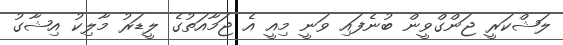
ލަޝްކަރީ ޖަންގްވީން ބުނެފައި ވަނީ މިއީ އެ ޖަމާއަތުގެ ލީޑަރު މާލިކު އިޝާގު